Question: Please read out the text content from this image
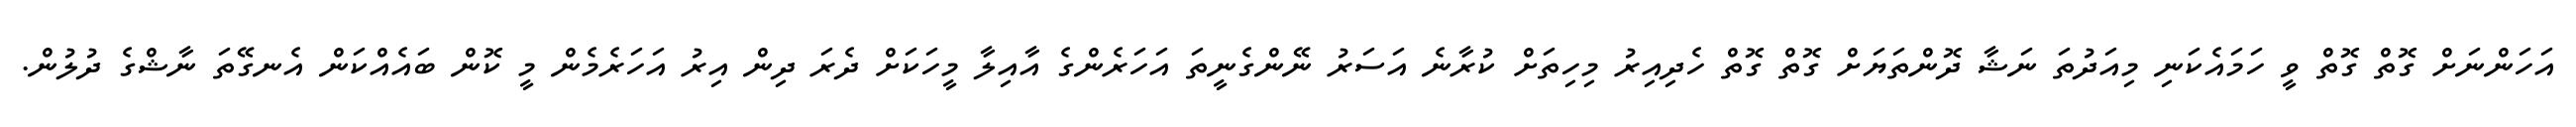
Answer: އަހަންނަށް ގޮތް ގޮތް ވީ ހަމައެކަނި މިއަދުތަ ނަޝާ ދޮންތަޔަށް ގޮތް ގޮތް ހެދިއިރު މިހިތަށް ކުރާނެ އަސަރު ނޭންގެނީތަ އަހަރެންގެ އާއިލާ މީހަކަށް ދެރަ ދިން އިރު އަހަރެމެން މީ ކޮން ބައެއްކަން އެނގޭތަ ނާޝްގެ ދުލުން.